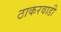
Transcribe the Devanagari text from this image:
ठाकरवाडी